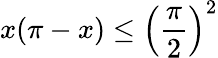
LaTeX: x(\pi-x)\leq\left({\frac{\pi}{2}}\right)^{2}